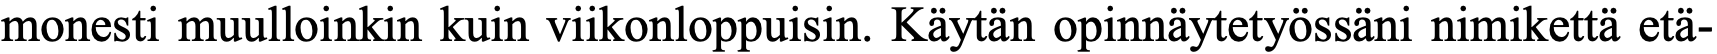
monesti muulloinkin kuin viikonloppuisin. Käytän opinnäytetyössäni nimikettä etä-